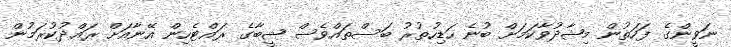
ނަވީންގެ ފަހަތުން މިޝާދުވާކަމަށް ބުނެ ހަޑިހުތުރު ބަސްތައްވެސް ޝީބާގެ ރައްޓެހިން އޭނާއަށް ރައްދުކުރަމުން